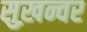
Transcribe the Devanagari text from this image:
सुख़न्वर